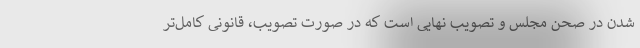
شدن در صحن مجلس و تصویب نهایی است که در صورت تصویب، قانونی کامل‌تر